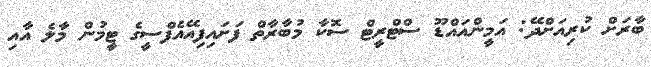
ބާރަށް ކުރިއަށްދޭ: އަމީންއައްޑޫ ސްޓްރީޓް ސޮކާ މުބާރާތް ފަށައިފިއޭއެފްސީގެ ޓީމުން މާލެ އާއި